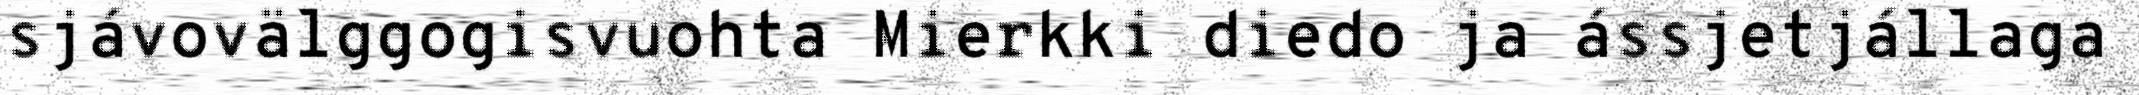
sjávovälggogisvuohta Mierkki diedo ja ássjetjállaga